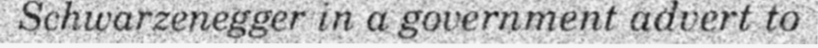
Schwarzenegger in a government advert to